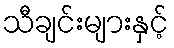
သီချင်းများနှင့်